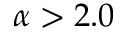
\alpha > 2 . 0